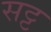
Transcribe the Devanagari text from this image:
सट्ट